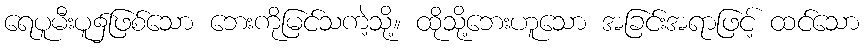
ရေပူမီးပူ၌ဖြစ်သော ဘေးကိုမြင်သကဲ့သို့။ ထိုသို့ဘေးဟူသော အခြင်းအရာဖြင့် ထင်သော